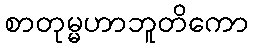
စာတုမ္မဟာဘူတိကော